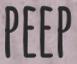
PEEP